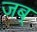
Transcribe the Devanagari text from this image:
जब्